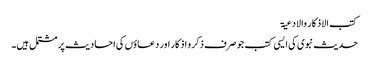
کتب الاذکار والادعیۃ
حدیث نبوی کی ایسی کتب جو صرف ذکر و اذکار اور دعاؤں کی احادیث پر مشتمل ہیں۔